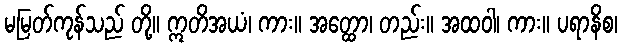
မမြတ်ကုန်သည် တို့။ ဣတိအယံ၊ ကား။ အတ္ထော၊ တည်း။ အထဝါ၊ ကား။ ပရာနိစ၊